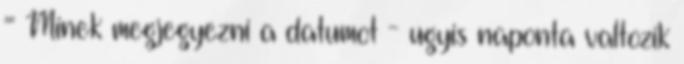
= Minek megjegyezni a datumot - ugyis naponta valtozik